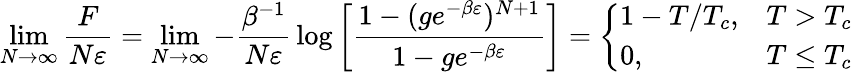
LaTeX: \operatorname*{lim}_{N\rightarrow\infty}{\frac{F}{N\varepsilon}}=\operatorname*{lim}_{N\rightarrow\infty}-{\frac{\beta^{-1}}{N\varepsilon}}\log\left[{\frac{1-(ge^{-\beta\varepsilon})^{N+1}}{1-ge^{-\beta\varepsilon}}}\right]={\left\{ \begin{array}{ll}{1-T/T_{c},}&{T>T_{c}}\\ {0,}&{T\leq T_{c}}\end{array}\right.}